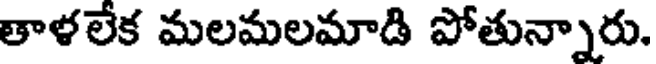
తాళలేక మలమలమాడి పోతున్నారు.